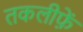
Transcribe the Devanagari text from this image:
तकलीफ़ें